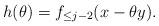
LaTeX: \begin{align*}h(\theta) = f_{\le j-2} (x-\theta y).\end{align*}